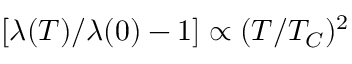
[ \lambda ( T ) / \lambda ( 0 ) - 1 ] \propto ( T / T _ { C } ) ^ { 2 }